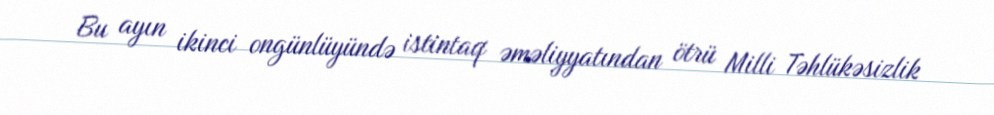
Bu ayın ikinci ongünlüyündə istintaq əməliyyatından ötrü Milli Təhlükəsizlik